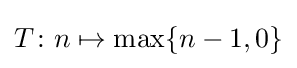
T\colon n\mapsto \max\{n-1,0\}